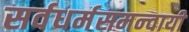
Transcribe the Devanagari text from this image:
सर्वधर्मसमन्‍वायी